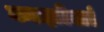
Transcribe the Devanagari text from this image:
काझोर्ला